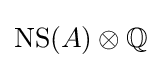
\mathrm {NS} (A)\otimes \mathbb {Q}